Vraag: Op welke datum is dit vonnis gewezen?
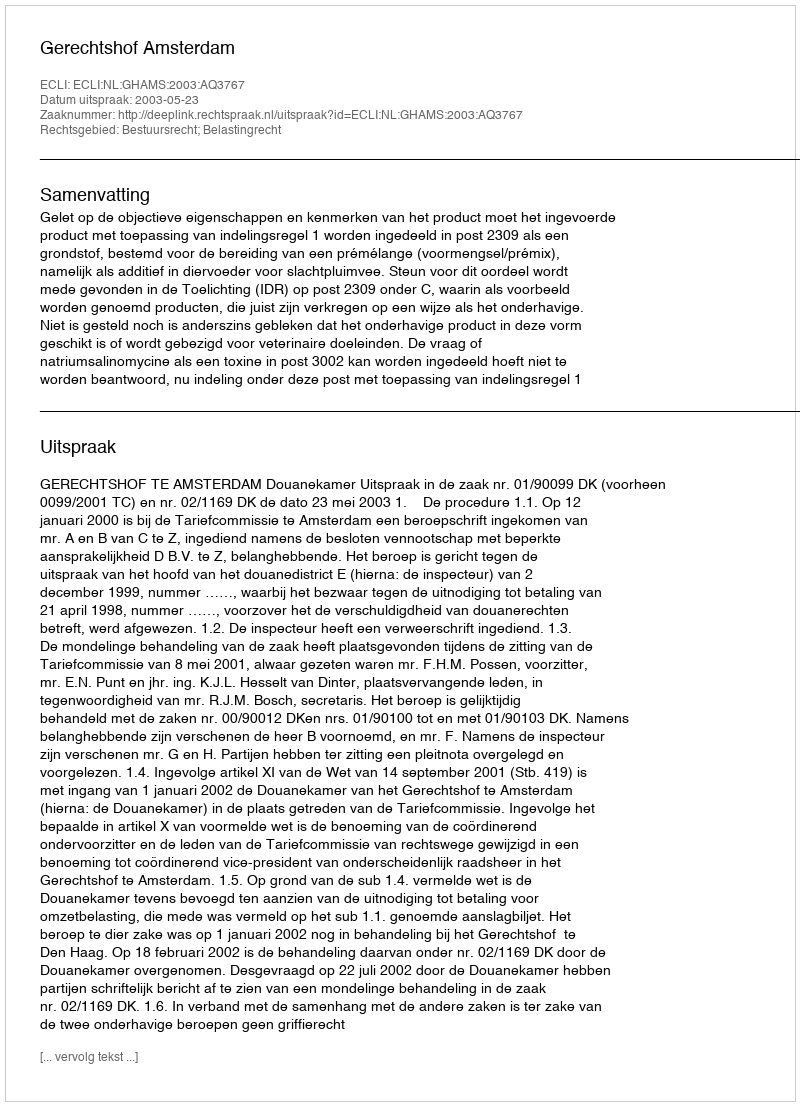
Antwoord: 2003-05-23